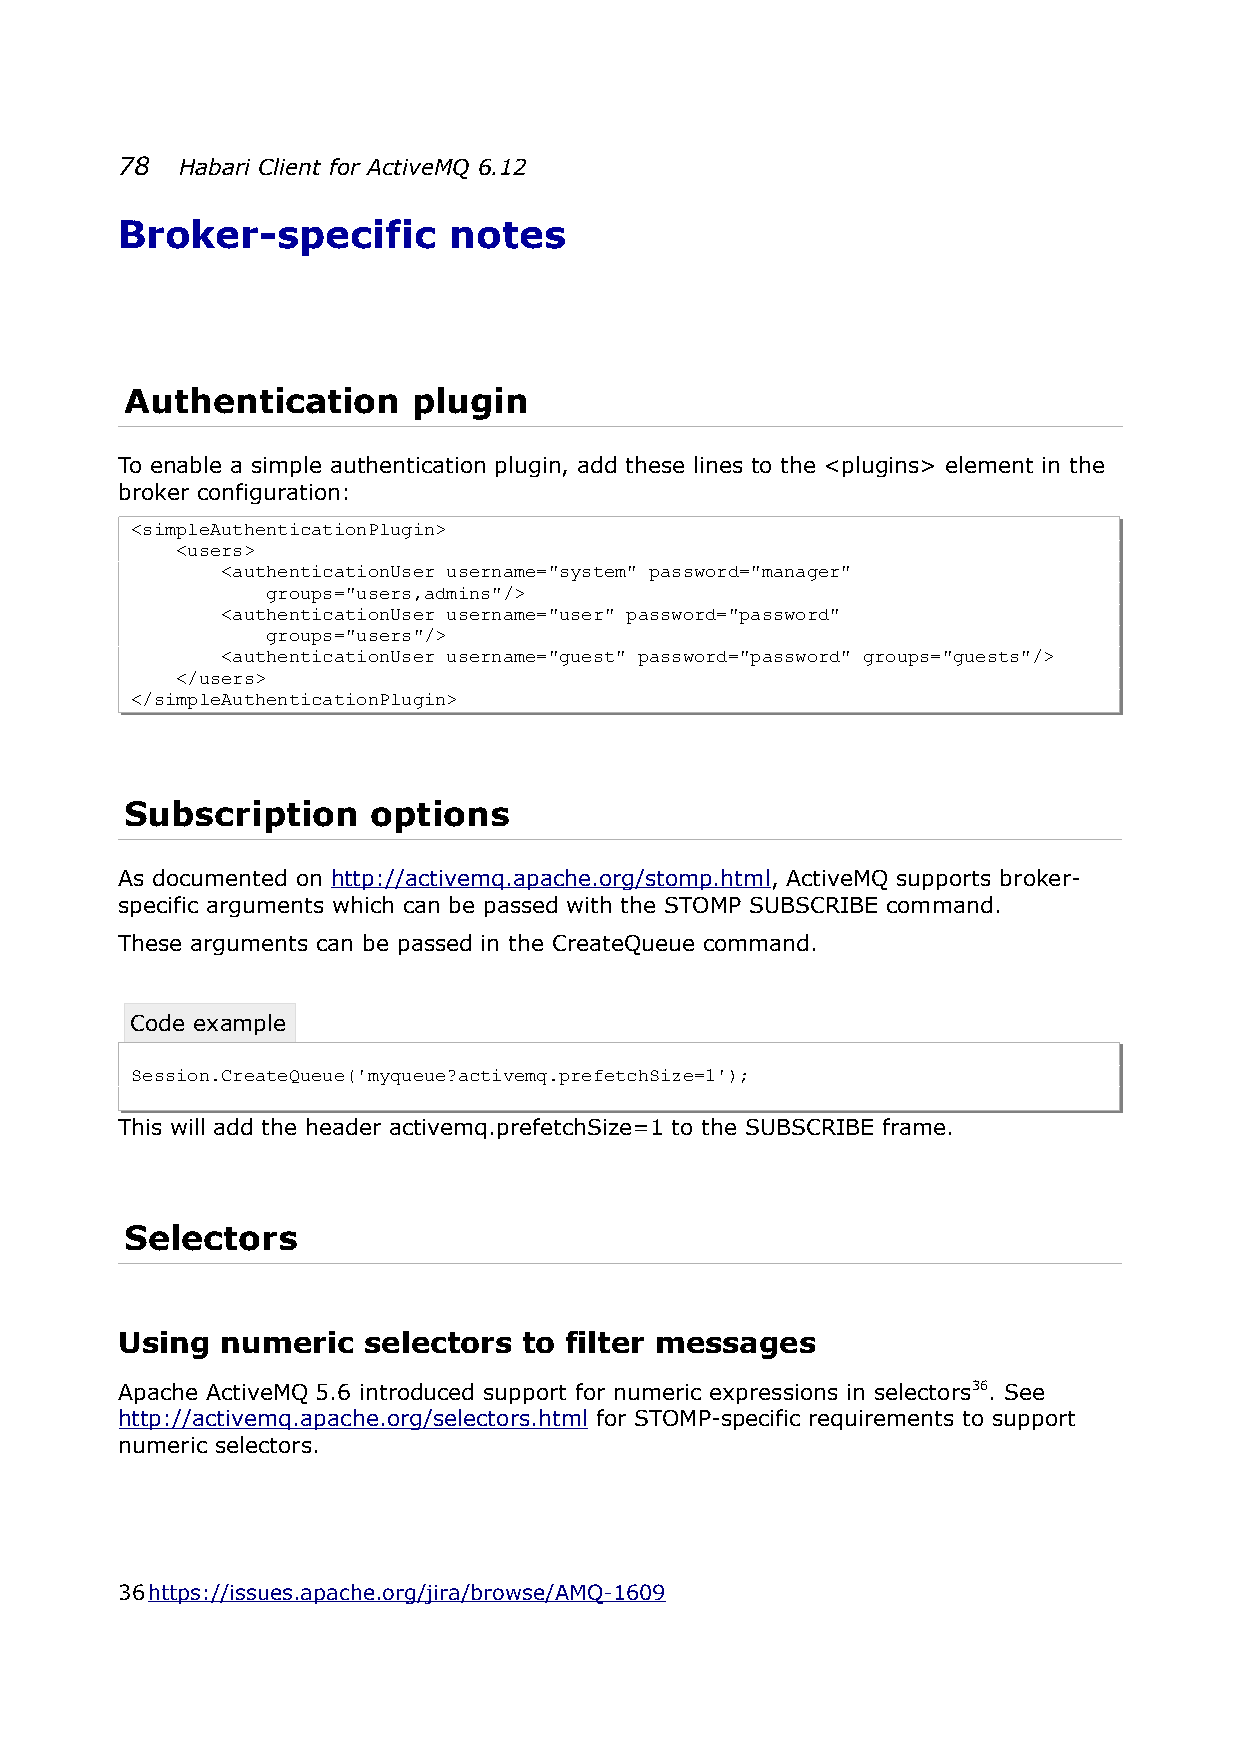
78  Habari Client for ActiveMQ 6.12
 Broker-specific       notes
 Authentication     plugin
 To enable a simple authentication plugin, add these lines to the <plugins> element in the
 broker configuration:
 <simpleAuthenticationPlugin>
 <users>
 <authenticationUser username="system" password="manager"
 groups="users,admins"/>
 <authenticationUser username="user" password="password"
 groups="users"/>
 <authenticationUser username="guest" password="password" groups="guests"/>
 </users>
 </simpleAuthenticationPlugin>
 Subscription     options
 As documented on http://activemq.apache.org/stomp.html, ActiveMQ supports broker-
 specific arguments which can be passed with the STOMP SUBSCRIBE command.
 These arguments can be passed in the CreateQueue command.
 Code example
 Session.CreateQueue('myqueue?activemq.prefetchSize=1');
 This will add the header activemq.prefetchSize=1 to the SUBSCRIBE frame.
 Selectors
 Using  numeric  selectors  to filter messages
 Apache ActiveMQ 5.6 introduced support for numeric expressions in selectors36. See
 http://activemq.apache.org/selectors.html for STOMP-specific requirements to support
 numeric selectors.
 36 https://issues.apache.org/jira/browse/AMQ-1609